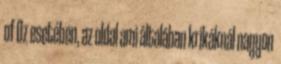
of Oz esetében, az oldal ami általában krikáknál nagyon